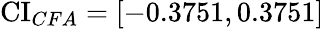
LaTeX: \operatorname{CI}_{CFA}=[-0.3751,0.3751]